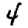
Digit: 4